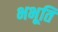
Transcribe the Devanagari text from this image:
भभूति